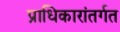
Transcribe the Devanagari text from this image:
प्राधिकारांतर्गत